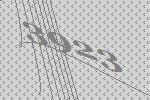
3923